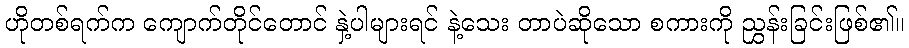
ဟိုတစ်ရက်က ကျောက်တိုင်တောင် နှဲ့ပါများရင် နဲ့သေး တာပဲဆိုသော စကားကို ညွှန်းခြင်းဖြစ်၏။